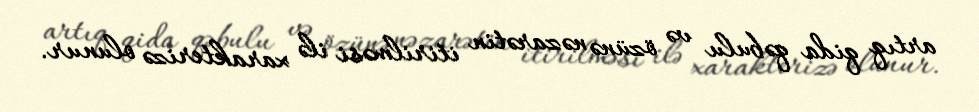
artıq qida qəbulu və özünə nəzarətin itirilməsi ilə xarakterizə olunur.